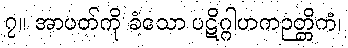
၇။ အာပတ်ကို ခံသော ပဋိဂ္ဂါဟကဉတ္တိကံ၊